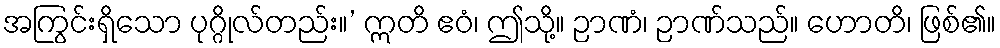
အကြွင်းရှိသော ပုဂ္ဂိုလ်တည်း။’ ဣတိ ဧဝံ၊ ဤသို့။ ဉာဏံ၊ ဉာဏ်သည်။ ဟောတိ၊ ဖြစ်၏။